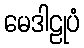
မေဒါဠုပံ